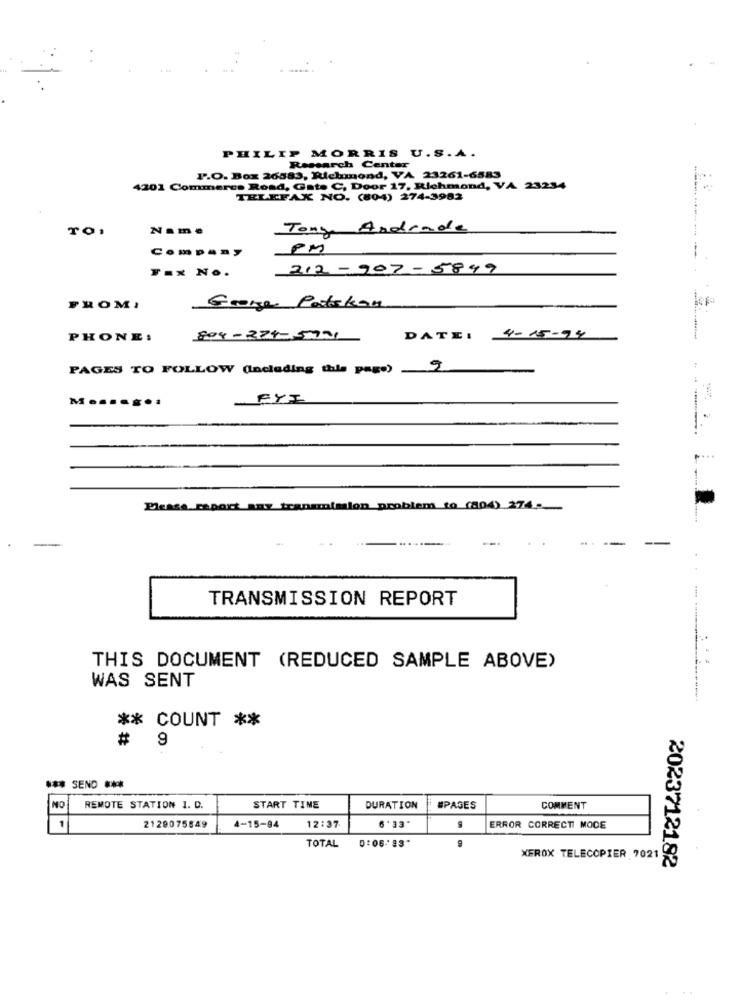
PHILIP MORRIS U.S.A.
Research Center
P.O. Box 26583, Richmond, VA 23261-6583
4201 Commerce Road, Gate C, Door 17, Richmond, VA 23234
TELEFAX NO. (804) 274-3982
TO,
Name
Tony Andrade
PM
Company
212-907-5899
F=x No.
FROMI
Grere Patakon
PHONE:
804-224-5731
DATE: 4-15-94
PAGES TO FOLLOW (Including this page) 9
.....
..
FYI
....
Please report any
umimion problem to (804) 274-
TRANSMISSION REPORT
...
THIS DOCUMENT (REDUCED SAMPLE ABOVE)
WAS SENT
** COUNT **
# 9
*** SEND ***
REMOTE STATION I. D.
NO
START TIME
DURATION
#PAGES
COMMENT
1
2129075549
4-15-94
12:37
6 '33"
ERROR CORRECTI MODE
0:06-'93"
TOTAL
XEROX TELECOPIER 7021
2023712182